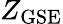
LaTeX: Z_{\mathrm{GSE}}